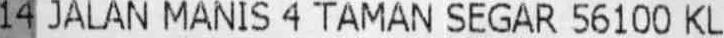
14 JALAN MANIS 4 TAMAN SEGAR 56100 KL